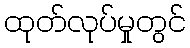
ထုတ်လုပ်မှုတွင်